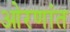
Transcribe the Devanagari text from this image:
ओरणांत